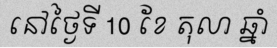
នៅថ្ងៃទី 10 ខែ តុលា ឆ្នាំ